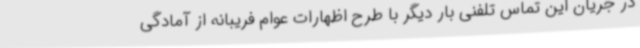
در جریان این تماس تلفنی بار دیگر با طرح اظهارات عوام فریبانه از آمادگی